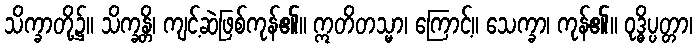
သိက္ခာတို့၌။ သိက္ခန္တိ၊ ကျင့်ဆဲဖြစ်ကုန်၏။ ဣတိတသ္မာ၊ ကြောင့်။ သေက္ခာ၊ ကုန်၏။ ဝုဒ္ဓိပ္ပတ္တာ၊